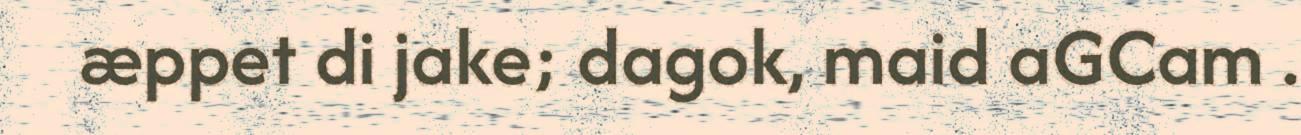
æppet di jake; dagok, maid aGCam .